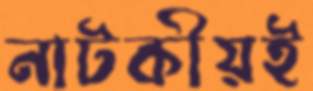
নাটকীয়ই